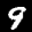
Label: 9